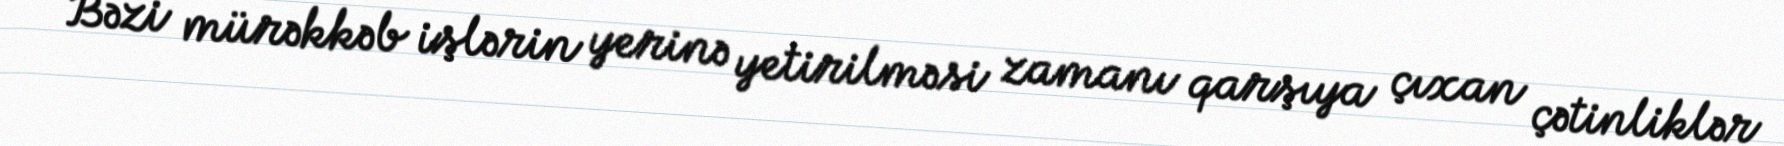
Bəzi mürəkkəb işlərin yerinə yetirilməsi zamanı qarşıya çıxan çətinliklər